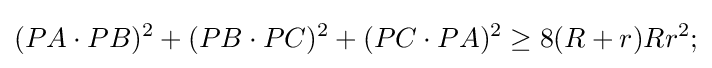
(PA\cdot PB)^{2}+(PB\cdot PC)^{2}+(PC\cdot PA)^{2}\geq 8(R+r)Rr^{2};